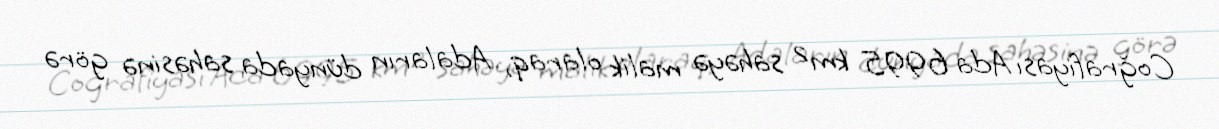
Coğrafiyası Ada 6995 km² sahəyə malik olaraq, Adaların dünyada sahəsinə görə